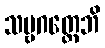
သဗ္ဗဂတ္တေဘိ